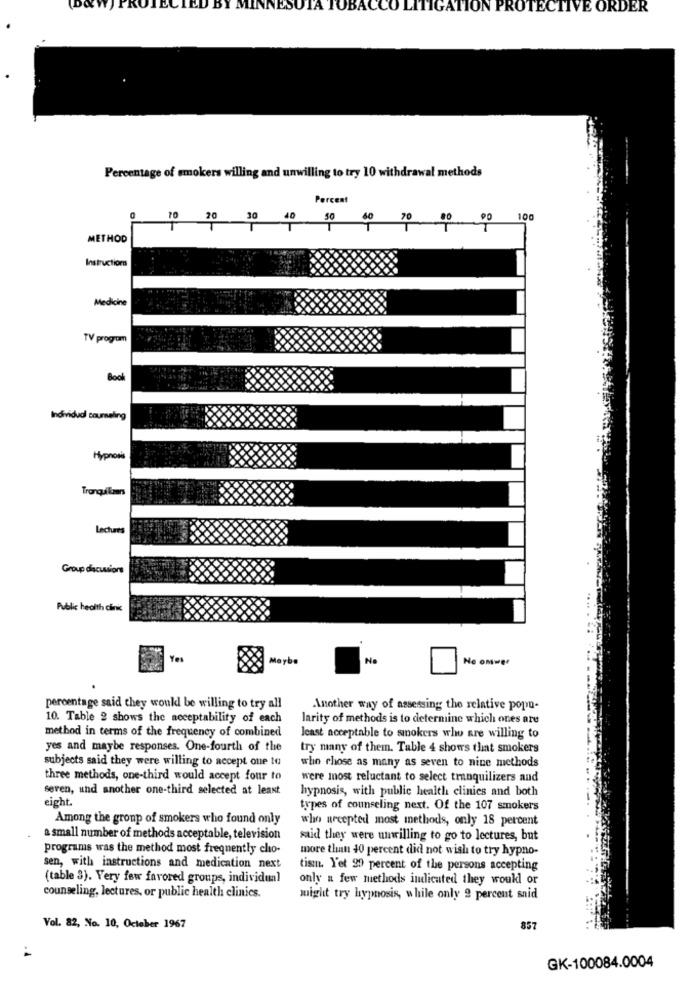
TOBACCO LITIGATION PROTECTIVE ORDER
Percentage of smokers willing and unwilling to try 10 withdrawal methods
Percent
10 20 30 40 30 60 70 30 00 100
METHOD
Instructions
Medicine
TV program
Boo
Individud' counseling
Hypnosis
Lectures
Group discussions
Public health clinic
Yes
Maybe
No
Ne ommer
percentage said they would be willing to try all
Another way of assessing the relative popu-
10. Table 2 shows the acceptability of each
larity of methods is to determine which ones are
method in terms of the frequency of combined
least acceptable to smokers who are willing to
yes and maybe responses. One-fourth of the
try many of them. Table 4 shows that smokers
subjects said they were willing to accept oue 10
who chose as many as seven to nine methods
three methods, one-third would accept four to
were most reluctant to select tranquilizers and
seren, and another one-third selected at least
hypnosis, with public health clinics and both
eight.
types of counseling next. Of the 107 smokers
Among the group of smokers who found only
who accepted most methods, only 18 percent
a small number of methods acceptable, television
said they were unwilling to go to lectures, but
programs was the method most frequently cho-
more than 40 percent did not wish to try hypno-
sen, with instructions and medication next
tism. Yet 29 percent of the persons accepting
(table 3). Very few favored groups, individual
only a few methods indicated they wouldl or
counseling, lectures, or public health clinics.
might try hypnosis, while only 2 percent said
Vol. 82, No. 10, October 1967
857
GK-100084.0004